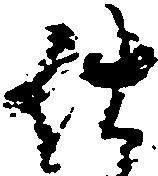
仕